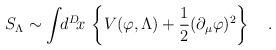
\begin{align*}S_\Lambda\sim\int\!\!d^D\!x\,\left\{V(\varphi,\Lambda)+{1\over2}(\partial_\mu\varphi)^2\right\}\quad.\end{align*}